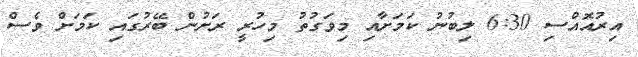
އިރުއޮއްސި 6:30 ލިބުނު ކަމަށާއި މިވަގުތު މިހުރީ ރަށުން ބޭރުގައި ކަމަށް ވެސް